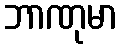
ဘာဏုမာ